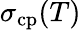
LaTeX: \sigma_{\mathrm{cp}}(T)